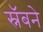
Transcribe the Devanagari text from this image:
स्नॅबने